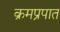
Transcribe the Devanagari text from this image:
क्रमप्रपात